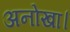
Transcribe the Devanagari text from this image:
अनोखा।